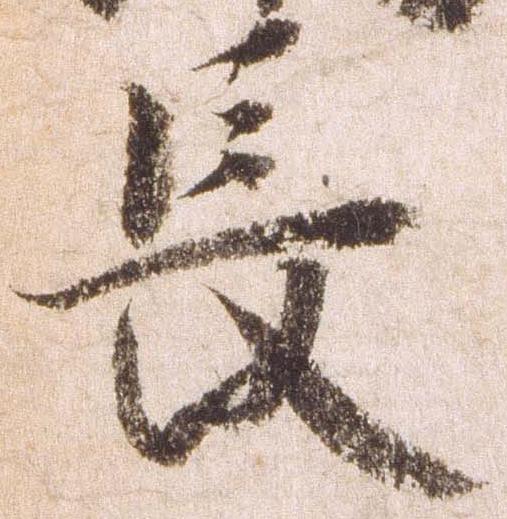
長